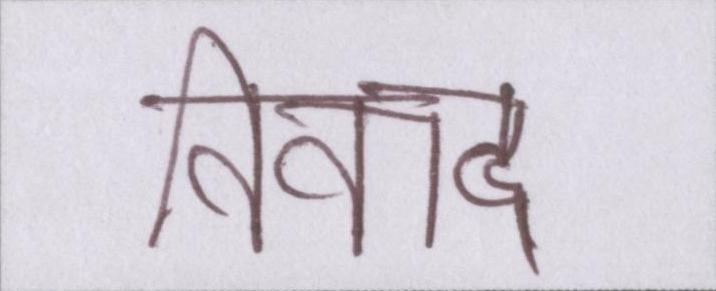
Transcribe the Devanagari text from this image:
विवाद